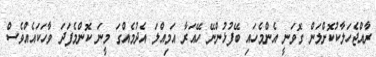
ރާއްޖެހަލާކުކޮށްލަން ގޮވަނީ އެންމެހައި ބޭފުޅުންނޭ ހޭއަރާ އަމިއްލަ އެދުމެއްގަ މީނަ ކޮންމެފަދަ ވާހަކައެއްވެސް